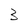
Character: 3